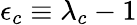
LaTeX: \epsilon_{c}\equiv\lambda_{c}-1